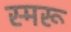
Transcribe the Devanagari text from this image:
स्मरू